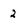
Character: 2